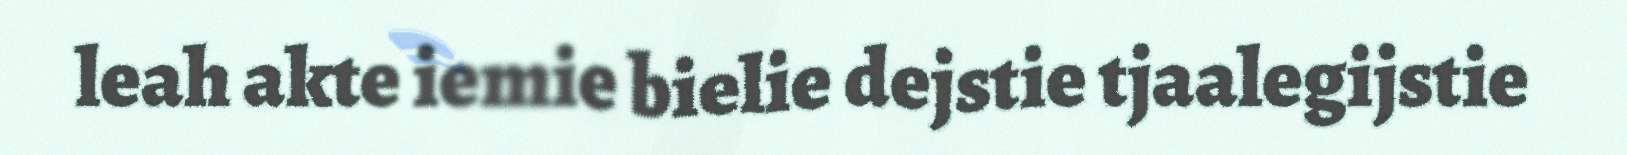
leah akte iemie bielie dejstie tjaalegijstie